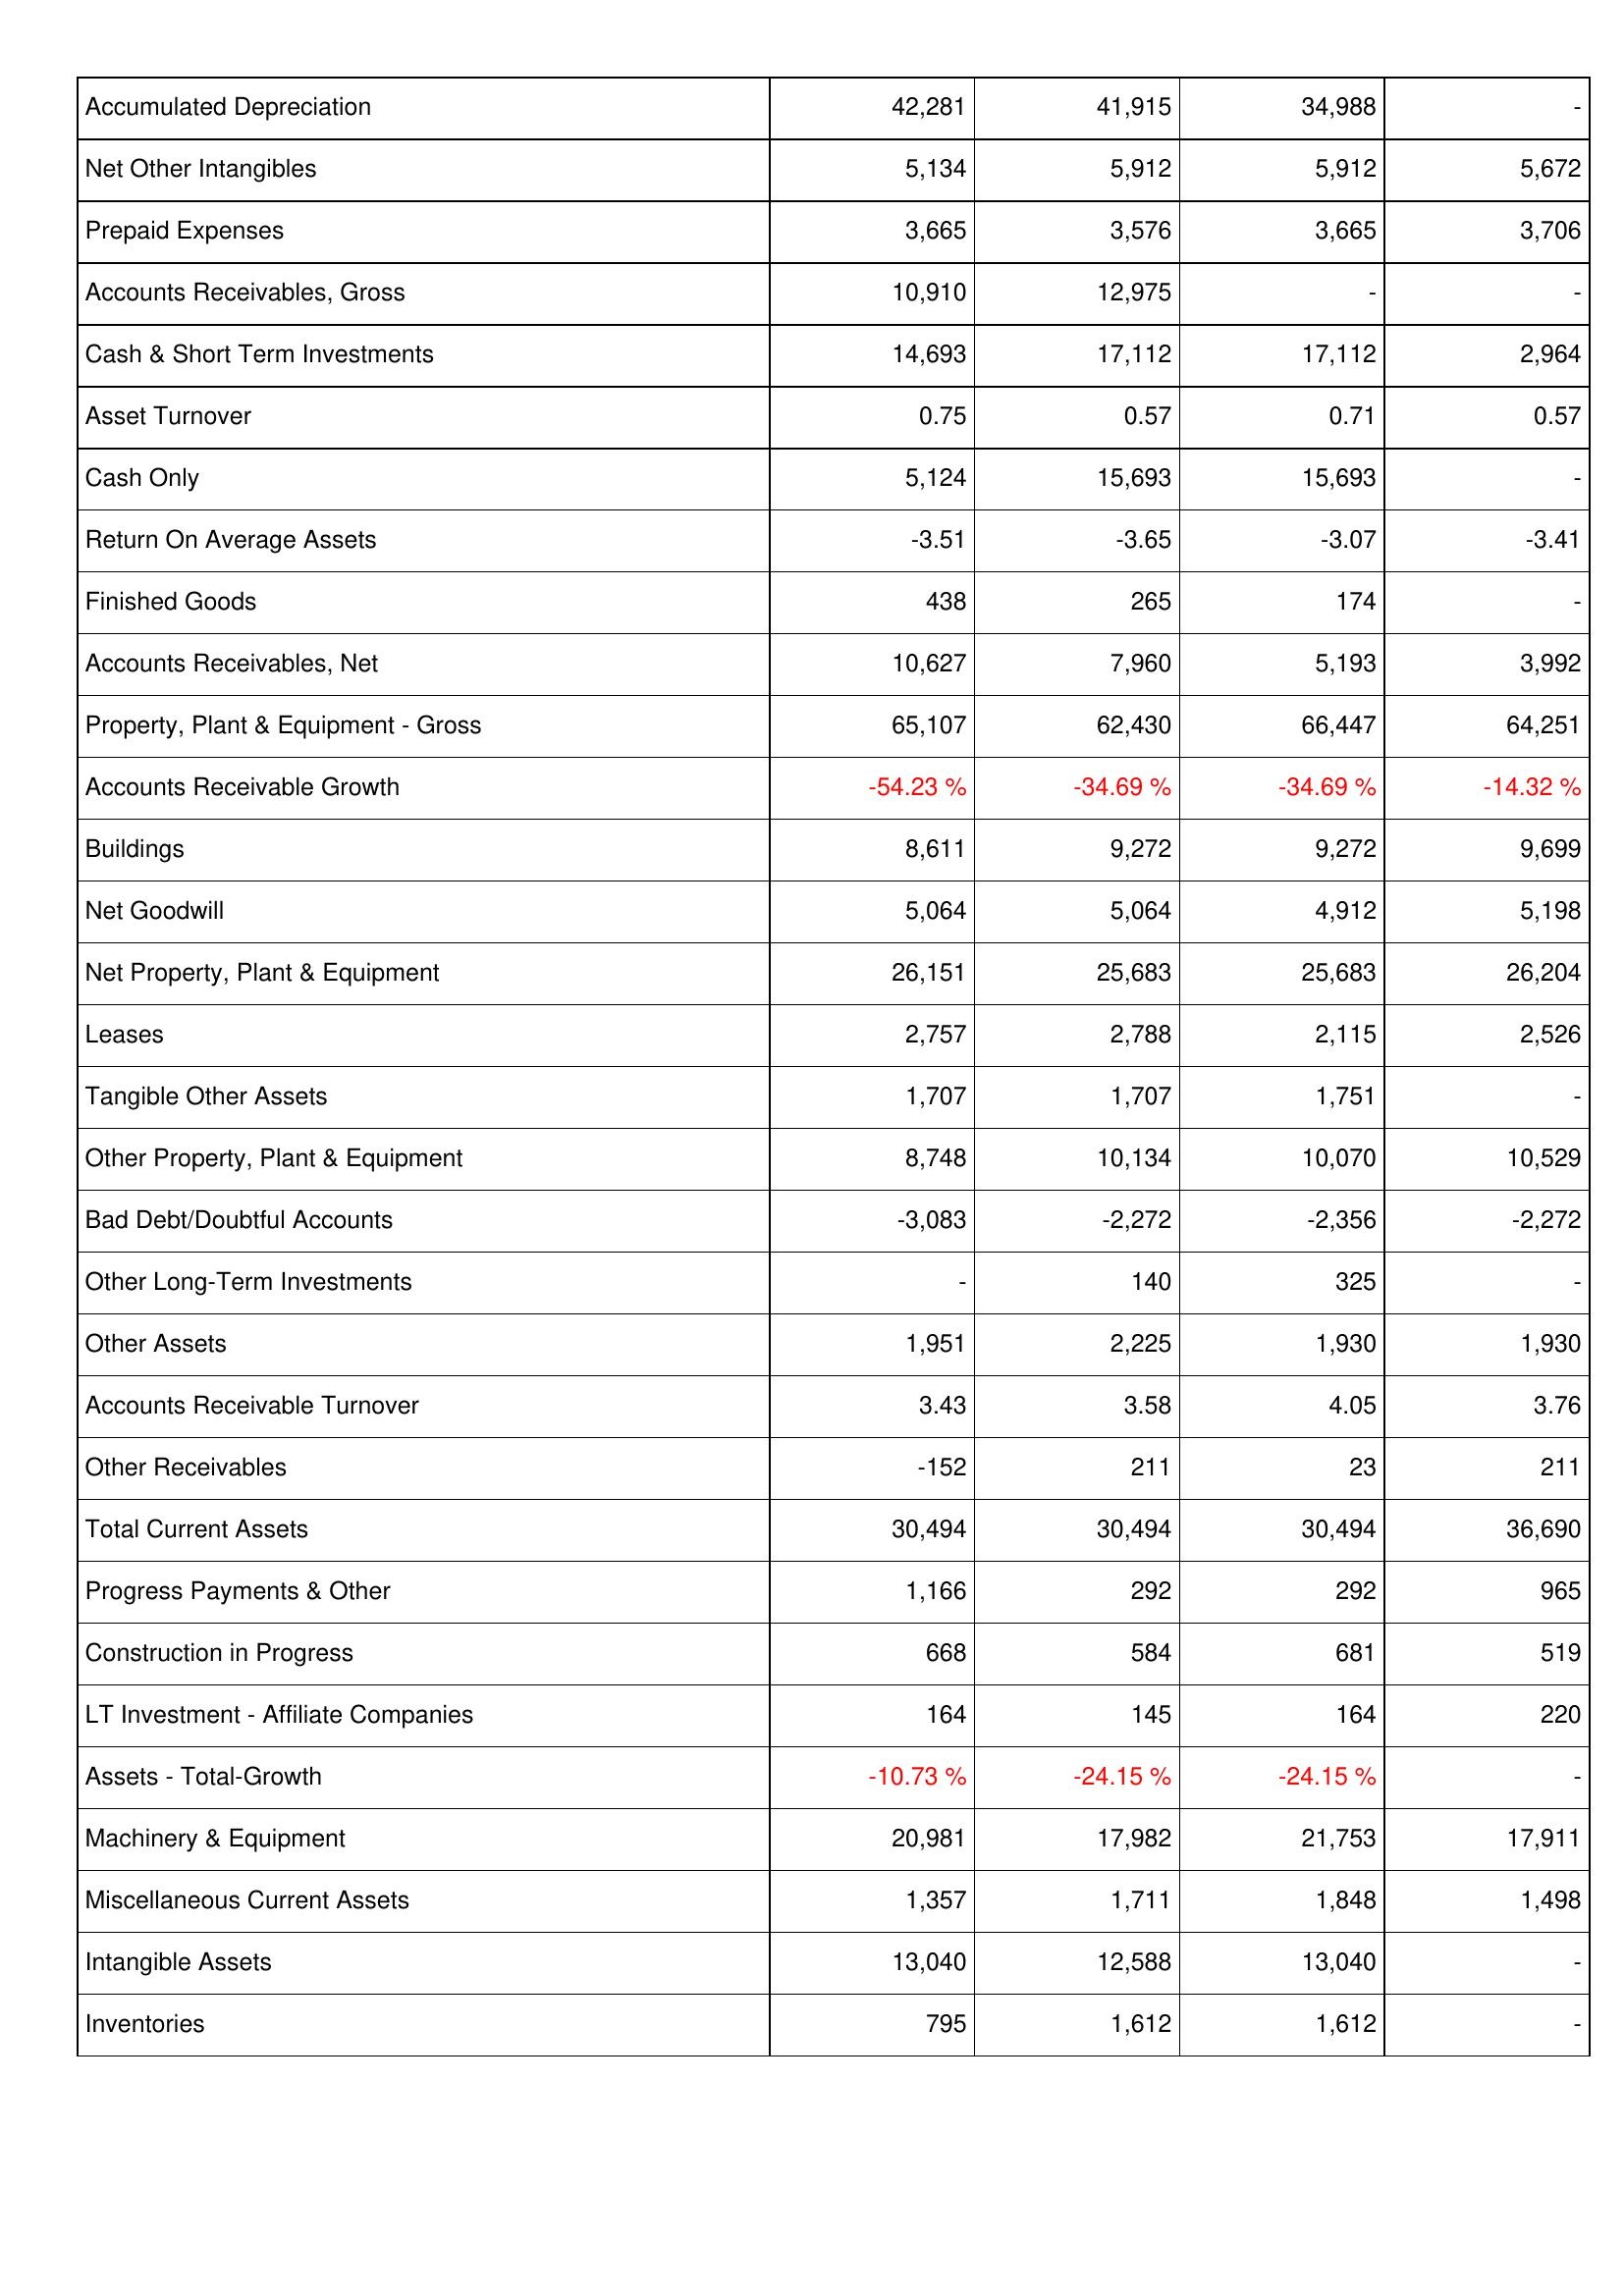
2017: Assets: Accumulated Depreciation: 42,281
Net Other Intangibles: 5,134
Prepaid Expenses: 3,665
Accounts Receivables, Gross: 10,910
Cash & Short Term Investments: 14,693
Asset Turnover: 0.75
Cash Only: 5,124
Return On Average Assets: -3.51
Finished Goods: 438
Accounts Receivables, Net: 10,627
Property, Plant & Equipment - Gross: 65,107
Accounts Receivable Growth: -54.23 %
Buildings: 8,611
Net Goodwill: 5,064
Net Property, Plant & Equipment: 26,151
Leases: 2,757
Tangible Other Assets: 1,707
Other Property, Plant & Equipment: 8,748
Bad Debt/Doubtful Accounts: -3,083
Other Long-Term Investments: -
Other Assets: 1,951
Accounts Receivable Turnover: 3.43
Other Receivables: -152
Total Current Assets: 30,494
Progress Payments & Other: 1,166
Construction in Progress: 668
LT Investment - Affiliate Companies: 164
Assets - Total-Growth: -10.73 %
Machinery & Equipment: 20,981
Miscellaneous Current Assets: 1,357
Intangible Assets: 13,040
Inventories: 795
2018: Assets: Accumulated Depreciation: 41,915
Net Other Intangibles: 5,912
Prepaid Expenses: 3,576
Accounts Receivables, Gross: 12,975
Cash & Short Term Investments: 17,112
Asset Turnover: 0.57
Cash Only: 15,693
Return On Average Assets: -3.65
Finished Goods: 265
Accounts Receivables, Net: 7,960
Property, Plant & Equipment - Gross: 62,430
Accounts Receivable Growth: -34.69 %
Buildings: 9,272
Net Goodwill: 5,064
Net Property, Plant & Equipment: 25,683
Leases: 2,788
Tangible Other Assets: 1,707
Other Property, Plant & Equipment: 10,134
Bad Debt/Doubtful Accounts: -2,272
Other Long-Term Investments: 140
Other Assets: 2,225
Accounts Receivable Turnover: 3.58
Other Receivables: 211
Total Current Assets: 30,494
Progress Payments & Other: 292
Construction in Progress: 584
LT Investment - Affiliate Companies: 145
Assets - Total-Growth: -24.15 %
Machinery & Equipment: 17,982
Miscellaneous Current Assets: 1,711
Intangible Assets: 12,588
Inventories: 1,612
2019: Assets: Accumulated Depreciation: 34,988
Net Other Intangibles: 5,912
Prepaid Expenses: 3,665
Accounts Receivables, Gross: -
Cash & Short Term Investments: 17,112
Asset Turnover: 0.71
Cash Only: 15,693
Return On Average Assets: -3.07
Finished Goods: 174
Accounts Receivables, Net: 5,193
Property, Plant & Equipment - Gross: 66,447
Accounts Receivable Growth: -34.69 %
Buildings: 9,272
Net Goodwill: 4,912
Net Property, Plant & Equipment: 25,683
Leases: 2,115
Tangible Other Assets: 1,751
Other Property, Plant & Equipment: 10,070
Bad Debt/Doubtful Accounts: -2,356
Other Long-Term Investments: 325
Other Assets: 1,930
Accounts Receivable Turnover: 4.05
Other Receivables: 23
Total Current Assets: 30,494
Progress Payments & Other: 292
Construction in Progress: 681
LT Investment - Affiliate Companies: 164
Assets - Total-Growth: -24.15 %
Machinery & Equipment: 21,753
Miscellaneous Current Assets: 1,848
Intangible Assets: 13,040
Inventories: 1,612
2020: Assets: Accumulated Depreciation: -
Net Other Intangibles: 5,672
Prepaid Expenses: 3,706
Accounts Receivables, Gross: -
Cash & Short Term Investments: 2,964
Asset Turnover: 0.57
Cash Only: -
Return On Average Assets: -3.41
Finished Goods: -
Accounts Receivables, Net: 3,992
Property, Plant & Equipment - Gross: 64,251
Accounts Receivable Growth: -14.32 %
Buildings: 9,699
Net Goodwill: 5,198
Net Property, Plant & Equipment: 26,204
Leases: 2,526
Tangible Other Assets: -
Other Property, Plant & Equipment: 10,529
Bad Debt/Doubtful Accounts: -2,272
Other Long-Term Investments: -
Other Assets: 1,930
Accounts Receivable Turnover: 3.76
Other Receivables: 211
Total Current Assets: 36,690
Progress Payments & Other: 965
Construction in Progress: 519
LT Investment - Affiliate Companies: 220
Assets - Total-Growth: -
Machinery & Equipment: 17,911
Miscellaneous Current Assets: 1,498
Intangible Assets: -
Inventories: -